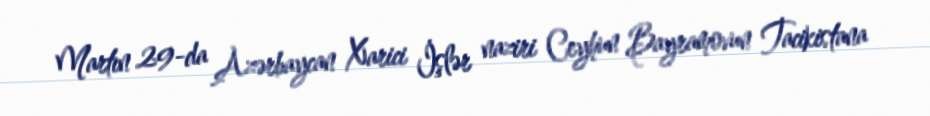
Martın 29-da Azərbaycan Xarici İşlər naziri Ceyhun Bayramovun Tacikistana